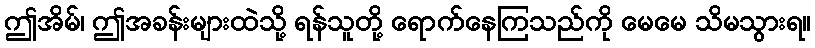
ဤအိမ်၊ ဤအခန်းများထဲသို့ ရန်သူတို့ ရောက်နေကြသည်ကို မေမေ သိမသွားရ။